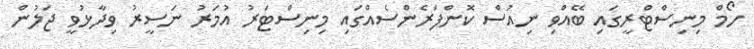
ހޯމް މިނިސްޓްރީގައި ބޭއްވި ނިއުސް ކޮންފަރެންސެއްގައި މިނިސްޓަރު އުމަރު ނަސީރު ވިދާޅުވީ ޖަލުން